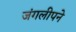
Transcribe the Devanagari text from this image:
जंगलीपने